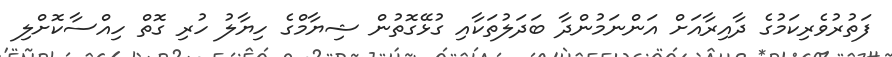
ފަތުރުވެރިކަމުގެ ދާއިރާއަށް އަންނަމުންދާ ބަދަލުތަކާއި ގުޅޭގޮތުން ޝިޔާމްގެ ހިޔާލު ހުރި ގޮތް ހިއްސާކޮށްލި